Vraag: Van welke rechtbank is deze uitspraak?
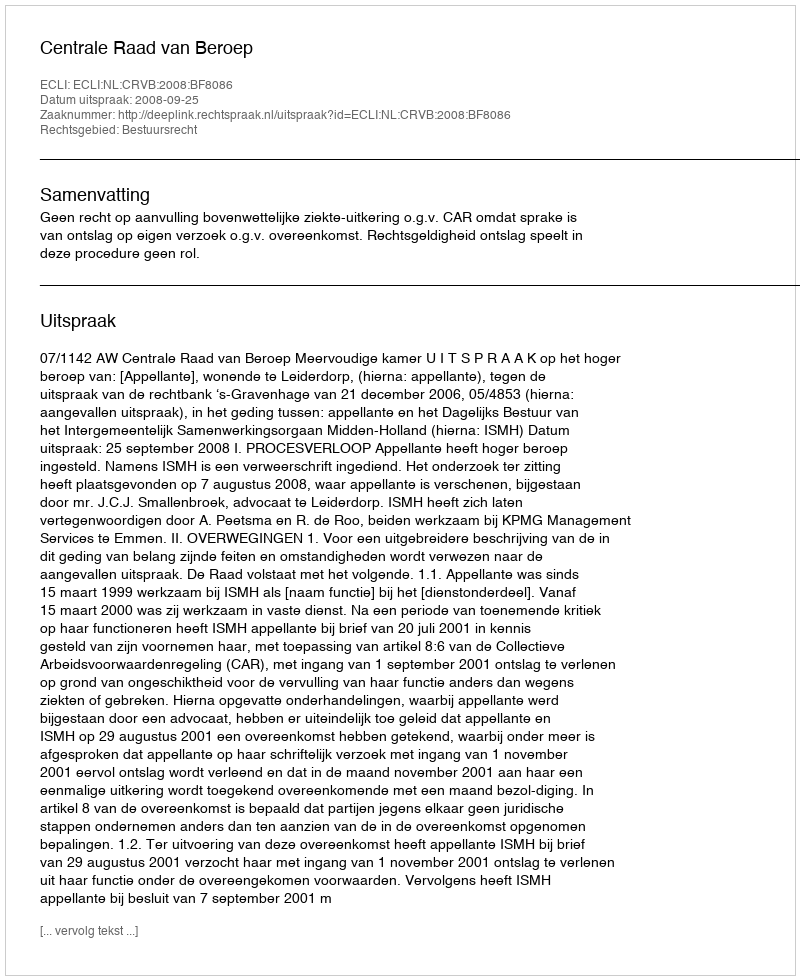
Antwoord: Centrale Raad van Beroep